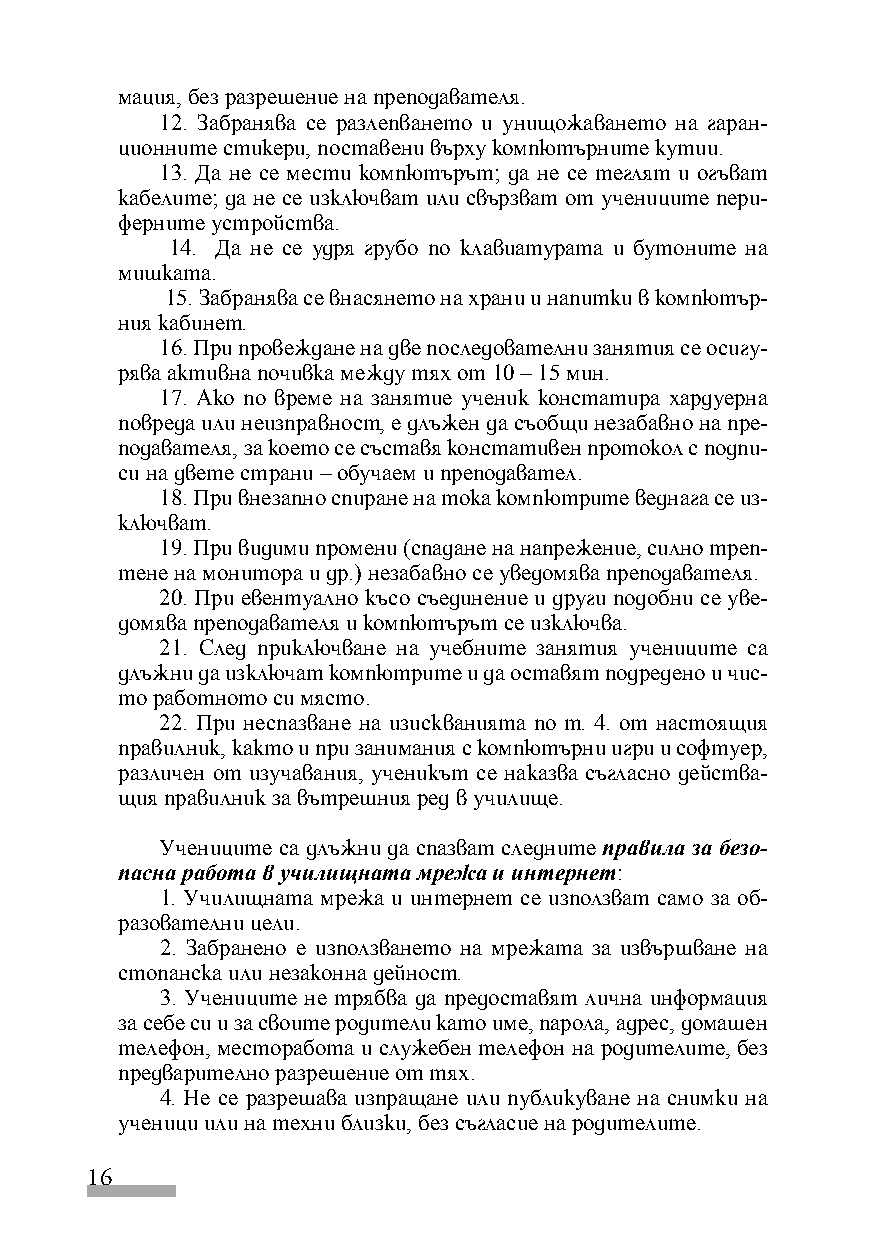
мация, без разрешение на преподавателя.
 12. Забранява се разлепването и унищожаването на гаран-
 ционните стикери, поставени върху компютърните кутии.
 13. Да не се мести компютърът; да не се теглят и огъват
 кабелите; да не се изключват или свързват от учениците пери-
 ферните устройства.
 14. Да не се удря грубо по клавиатурата и бутоните на
 мишката.
 15. Забранява се внасянето на храни и напитки в компютър-
 ния кабинет.
 16. При провеждане на две последователни занятия се осигу-
 рява активна почивка между тях от 10 – 15 мин.
 17. Ако по време на занятие ученик констатира хардуерна
 повреда или неизправност, е длъжен да съобщи незабавно на пре-
 подавателя, за което се съставя констативен протокол с подпи-
 си на двете страни – обучаем и преподавател.
 18. При внезапно спиране на тока компютрите веднага се из-
 ключват.
 19. При видими промени (спадане на напрежение, силно треп-
 тене на монитора и др.) незабавно се уведомява преподавателя.
 20. При евентуално късо съединение и други подобни се уве-
 домява преподавателя и компютърът се изключва.
 21. След приключване на учебните занятия учениците са
 длъжни да изключат компютрите и да оставят подредено и чис-
 то работното си място.
 22. При неспазване на изискванията по т. 4. от настоящия
 правилник, както и при занимания с компютърни игри и софтуер,
 различен от изучавания, ученикът се наказва съгласно действа-
 щия правилник за вътрешния ред в училище.
 Учениците са длъжни да спазват следните правила за безо-
 пасна работа в училищната мрежа и интернет:
 1. Училищната мрежа и интернет се използват само за об-
 разователни цели.
 2. Забранено е използването на мрежата за извършване на
 стопанска или незаконна дейност.
 3. Учениците не трябва да предоставят лична информация
 за себе си и за своите родители като име, парола, адрес, домашен
 телефон, месторабота и служебен телефон на родителите, без
 предварително разрешение от тях.
 4. Не се разрешава изпращане или публикуване на снимки на
 ученици или на техни близки, без съгласие на родителите.
 16